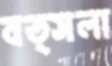
বত্সলা